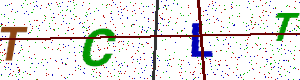
Text: TCLT